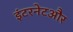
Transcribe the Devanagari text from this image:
इंटरनेटऔर